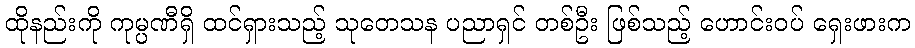
ထိုနည်းကို ကုမ္ပဏီရှိ ထင်ရှားသည့် သုတေသန ပညာရှင် တစ်ဦး ဖြစ်သည့် ဟောင်းဝပ် ရှေးဖားက